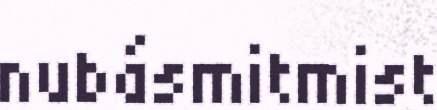
nubásmitmist